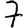
Digit: 7